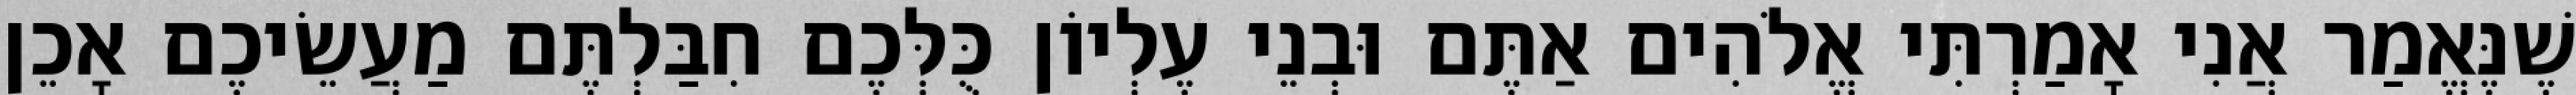
שֶׁנֶּאֱמַר אֲנִי אָמַרְתִּי אֱלֹהִים אַתֶּם וּבְנֵי עֶלְיוֹן כֻּלְּכֶם חִבַּלְתֶּם מַעֲשֵׂיכֶם אָכֵן